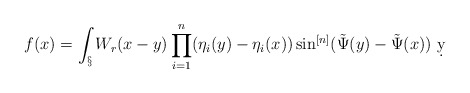
\begin{align*}f(x) = \int_\S W_r(x-y)\prod_{i=1}^n(\eta_i(y)-\eta_i(x))\sin^{[n]}(\tilde \Psi(y)-\tilde \Psi(x))\ \d y\end{align*}